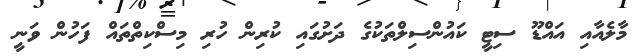
މާލެއާއި އައްޑޫ ސިޓީ ކައުންސިލްތަކުގެ ދަށުގައި ކުރިން ހުރި މިސްކިތްތައް ފަހުން ވަނީ